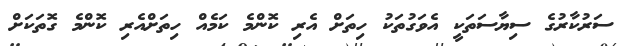
ސަރުކާރުގެ ސިޔާސަތަކީ އެވަގުތަކު ހިތަށް އެރި ކޮންމެ ކަމެއް ހިތަށްއެރި ކޮންމެ ގޮތަކަށް